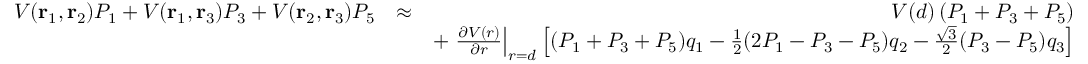
\begin{array} { r l r } { V ( \mathbf { r } _ { 1 } , \mathbf { r } _ { 2 } ) P _ { 1 } + V ( \mathbf { r } _ { 1 } , \mathbf { r } _ { 3 } ) P _ { 3 } + V ( \mathbf { r } _ { 2 } , \mathbf { r } _ { 3 } ) P _ { 5 } } & { \approx } & { V ( d ) \left( P _ { 1 } + P _ { 3 } + P _ { 5 } \right) } \\ & { } & { + \left. \frac { \partial V ( r ) } { \partial r } \right| _ { r = d } \left[ ( P _ { 1 } + P _ { 3 } + P _ { 5 } ) q _ { 1 } - \frac { 1 } { 2 } ( 2 P _ { 1 } - P _ { 3 } - P _ { 5 } ) q _ { 2 } - \frac { \sqrt { 3 } } { 2 } ( P _ { 3 } - P _ { 5 } ) q _ { 3 } \right] } \end{array}